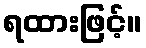
ရထားဖြင့်။